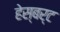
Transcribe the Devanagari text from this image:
हेस्बर्ट